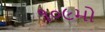
૧૦૯મો